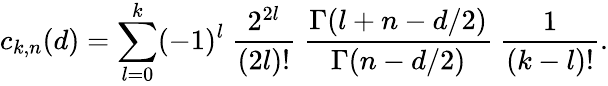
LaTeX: c_{k,n}(d)=\sum_{l=0}^{k}(-1)^{l}~{\frac{2^{2l}}{(2l)!}}~{\frac{\Gamma(l+n-d/2)}{\Gamma(n-d/2)}}~{\frac{1}{(k-l)!}}.